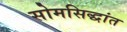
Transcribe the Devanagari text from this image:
सोमसिद्धांत